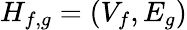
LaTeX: H_{f,g}=(V_{f},E_{g})